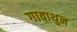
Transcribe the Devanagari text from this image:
गावाथुन